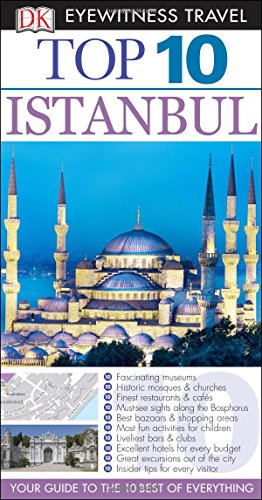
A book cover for Top 10 Istanbul (Eyewitness Top 10 Travel Guide); Melissa Shales; Travel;